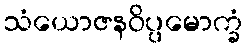
သံယောဇနဝိပ္ပမောက္ခံ